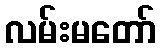
လမ်းမတော်